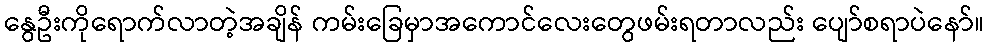
နွေဦးကိုရောက်လာတဲ့အချိန် ကမ်းခြေမှာအကောင်လေးတွေဖမ်းရတာလည်း ပျော်စရာပဲနော်။